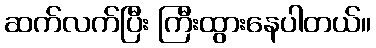
ဆက်လက်ပြီး ကြီးထွားနေပါတယ်။